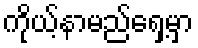
ကိုယ့်နာမည်ရှေ့မှာ